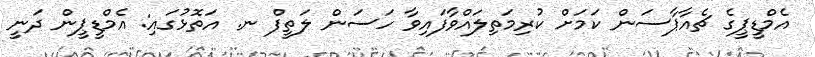
އެމްޑީޕީގެ ޗެއާޕާސަން ކަމަށް ކުރިމަތިލައްވާފައިވާ ހަސަން ލަތީފް ނ. އަތޮޅުގައި: އެމްޑީޕީން ދަނީ